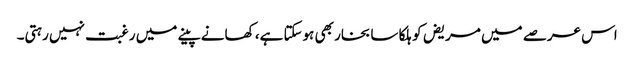
اس عرصے میں مریض کو ہلکا سا بخار بھی ہوسکتا ہے، کھانے پینے میں رغبت نہیں رہتی۔